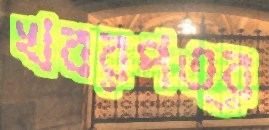
খবরপত্র